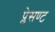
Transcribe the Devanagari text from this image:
प्लेसण्ट